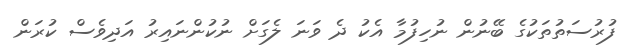
ފުރުސަތުތަކުގެ ބޭނުން ނުހިފުމާ އެކު ދެ ވަނަ ލެގަށް ނުކުންނައިރު އަދިވެސް ކުރަން